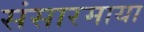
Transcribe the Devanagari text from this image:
संसारमाया